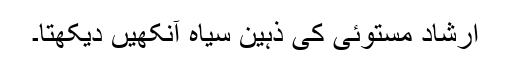
ارشاد مستوئی کی ذہین سیاہ آنکھیں دیکھتا۔